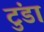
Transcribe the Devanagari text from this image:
टुंडा